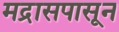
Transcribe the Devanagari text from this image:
मद्रासपासून